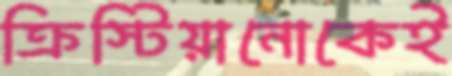
ক্রিস্টিয়ানোকেই